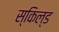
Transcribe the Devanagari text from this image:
स्किल्ड